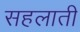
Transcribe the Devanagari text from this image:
सहलाती